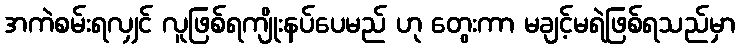
အကဲစမ်းရလျှင် လူဖြစ်ရကျိုးနပ်ပေမည် ဟု တွေးကာ မချင့်မရဲဖြစ်ရသည်မှာ